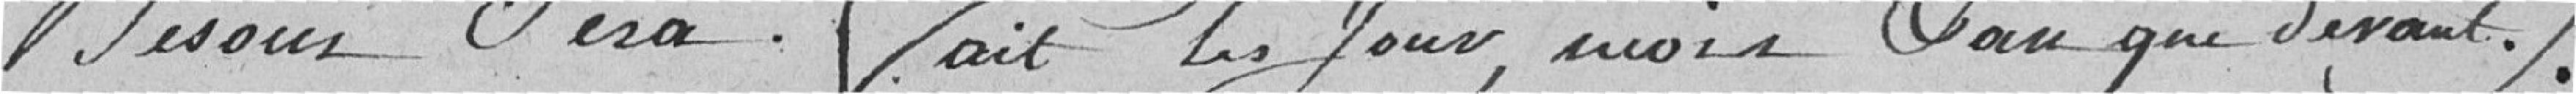
besoin sera fait les jour, mois et an que devant.